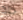
حاد